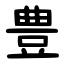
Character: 豊